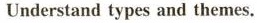
Understand types and themes.